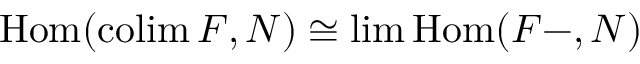
\operatorname { H o m } ( \operatorname { c o l i m } F , N ) \cong \operatorname* { l i m } \operatorname { H o m } ( F - , N )